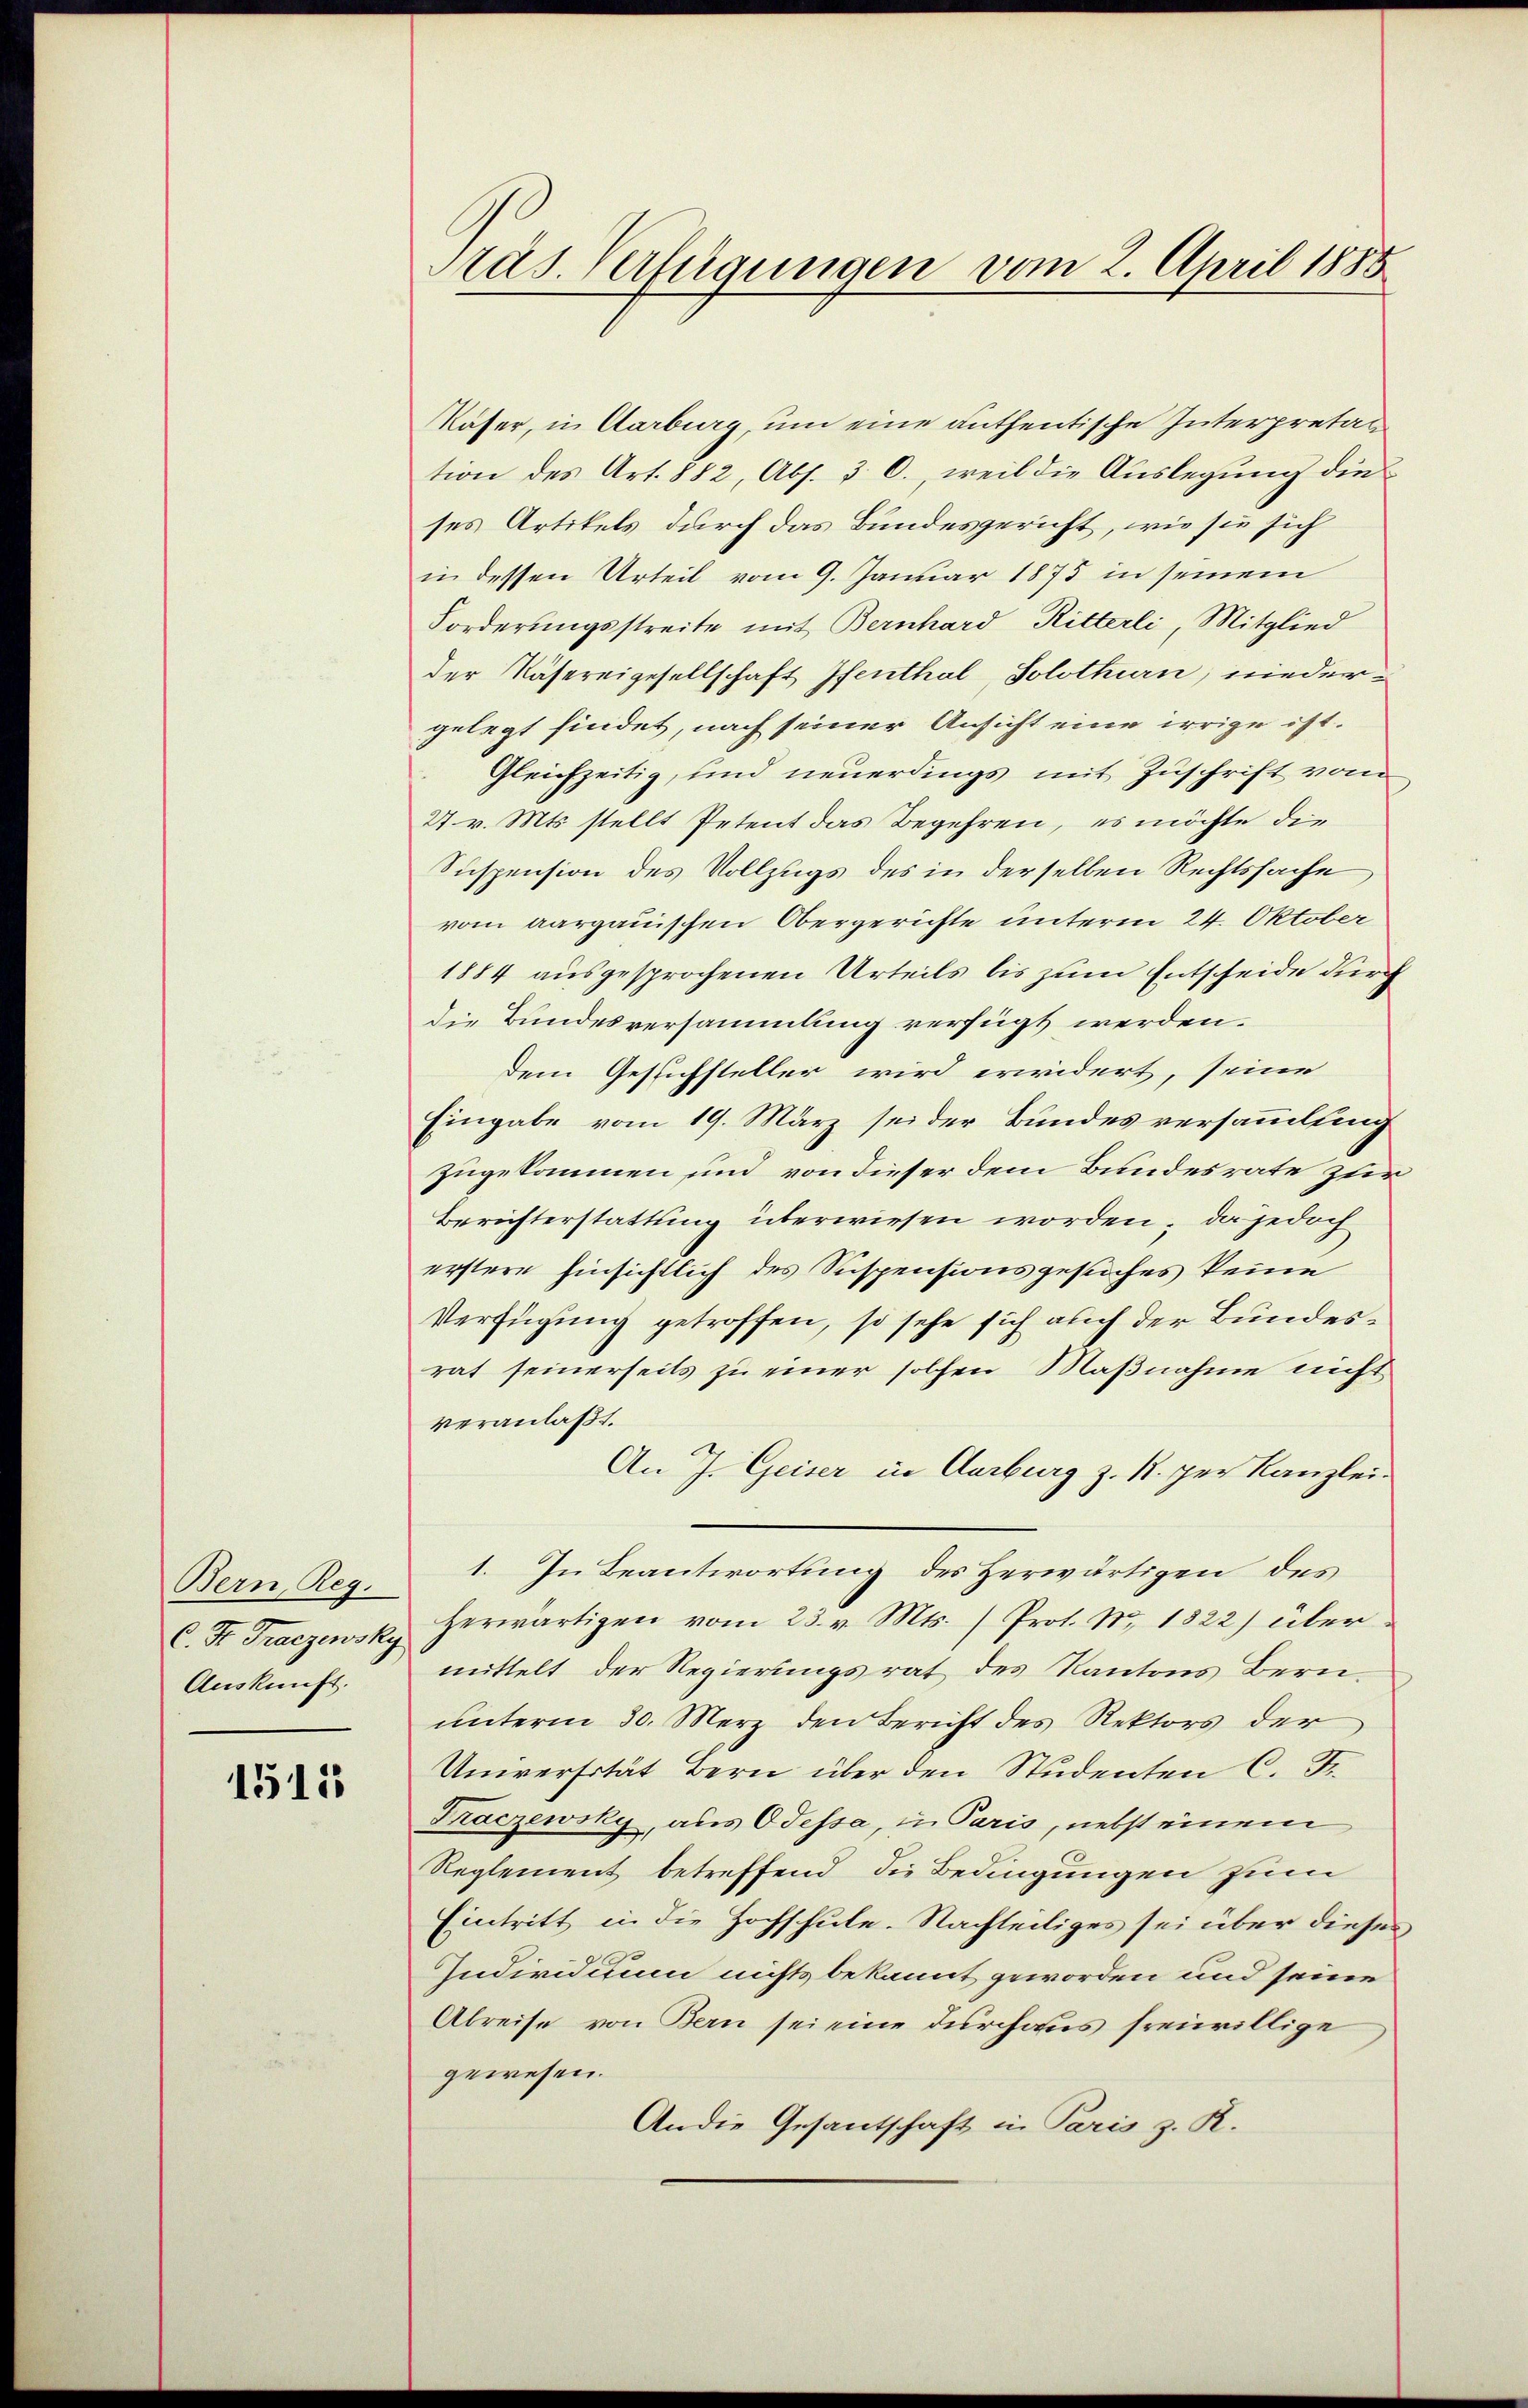
Bern, Reg.
C. Fr. Traczewsky
Auskunft.

1515

Präs. Verfügungen vom 2. April 1885

Käfer, in Aarburg, um eine anthentische Interpretal
tion des Art. 882, Abs. 3. O., weil die Auslegung die
ses Artikels durch das Bundesgericht, wie sie sich
in dessen Urteil vom 9. Januar 1875 in seinem
Forderungsstreite mit Bernhard Ritterli, Mitglied
der Nähereigesellschaft Ifenthal, Solothurn, niedergelegt findet, nach seiner Ansicht eine irrige ist.
Gleichzeitig, und neuerdings mit Zuschrift vom
27 v. Mts. stellt Petent das Begehren, es möchte die
Suspension des Vollzugs des in derselben Rechtssache
vom aargauischen Obergerichte unterm 24. Oktober
1884 ausgesprochenen Urteils bis zum Entscheide durch
die Bundesversammlung verfügt werden.
dem Gesuchsteller wird erwidert, seine
Eingabe vom 19. März sei der Bundesversammlung
zugekommen und von dieser dem Bundesrate zur
Berichterstattung überwiesen worden; da jedoch
erstere hinsichtlich des Suspensionsgesuches keine
Verfügung getroffen, so sehe sich auch der Bundesrat seinerseits zu einer solchen Maßnahme nicht
veranlaßt.
An J. Geiser in Aarburg z. R. per Kanzlei-
1. In Beantwortung des Herwärtigen des
herwärtigen vom 23. v. Mts. /Prot. No. 1822) über
mittelt der Regierungsrat des Kantons Bern
unterm 30. Merz den Bericht des Rektors der
Universität Bern über den Studenten C. Fr.
Fraczewsky, aus Odessa, in Paris, nebst einem
Reglement betreffend die Bedingungen zum
Eintritt in die Hochschule. Nachteiliges sei über dieses
Individuum nichts bekannt geworden und seine
Abreise von Bern sei eine durchaus freiwillige
gewesen.
Andie Gesantschaft in Paris z. R.